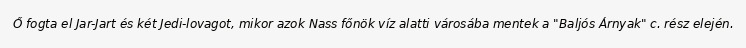
Ő fogta el Jar-Jart és két Jedi-lovagot, mikor azok Nass főnök víz alatti városába mentek a "Baljós Árnyak" c. rész elején.